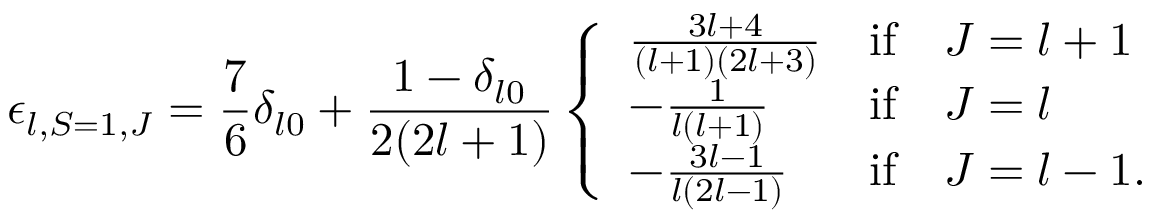
\epsilon _ { l , S = 1 , J } = \frac { 7 } { 6 } \delta _ { l 0 } + \frac { 1 - \delta _ { l 0 } } { 2 ( 2 l + 1 ) } \left\{ \begin{array} { l c l } { { \frac { 3 l + 4 } { ( l + 1 ) ( 2 l + 3 ) } } } & { { \mathrm { i f } } } & { { J = l + 1 } } \\ { { - \frac { 1 } { l ( l + 1 ) } } } & { { \mathrm { i f } } } & { { J = l } } \\ { { - \frac { 3 l - 1 } { l ( 2 l - 1 ) } } } & { { \mathrm { i f } } } & { { J = l - 1 . } } \end{array} \right.